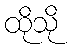
ထိုသို